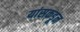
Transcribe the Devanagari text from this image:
यांसकडून